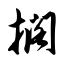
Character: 搁